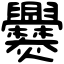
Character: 爨